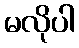
မလိုပါ